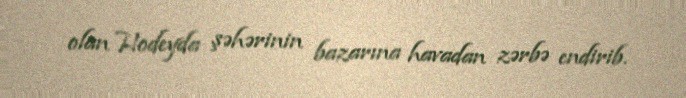
olan Hodeyda şəhərinin bazarına havadan zərbə endirib.